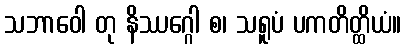
သဘာဝေါ တု နိဿဂ္ဂေါ စ၊ သရူပံ ပကတိတ္ထိယံ။